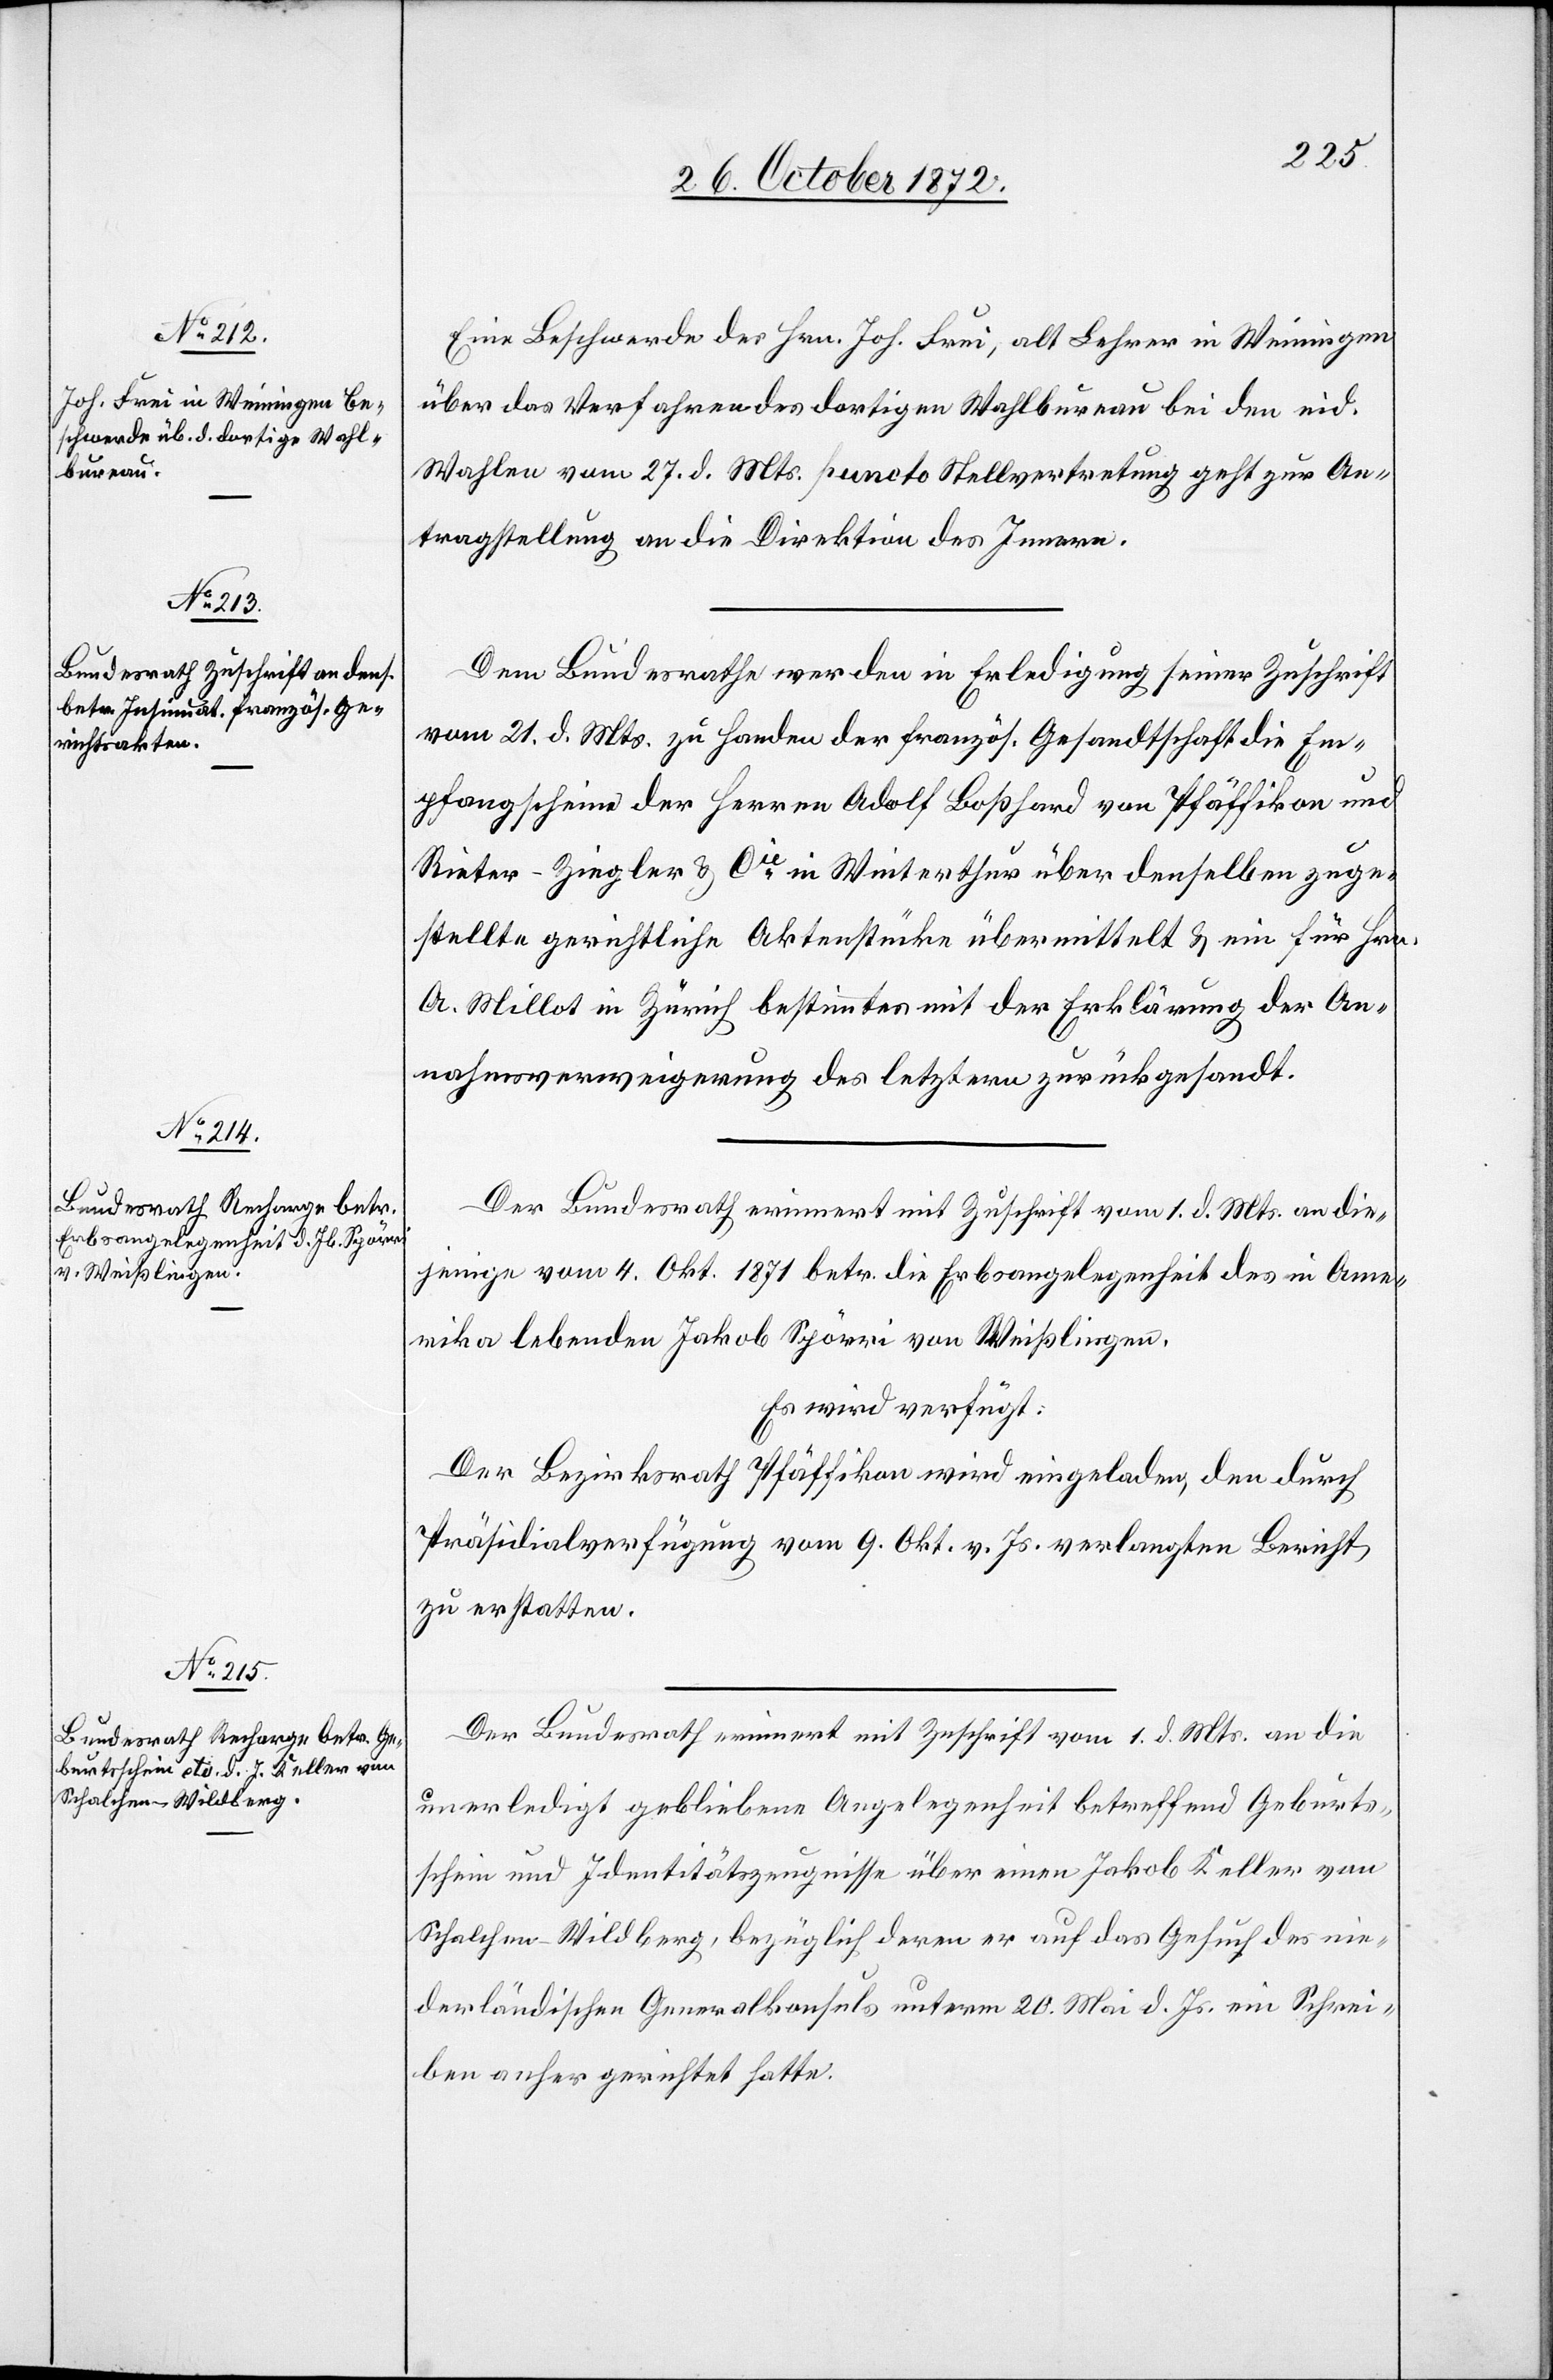
30. October 1872.]
Eine Beschwerde des Hrn. Joh. Frei, alt Lehrer in Weiningen
über das Verfahren des dortigen Wahlbureau bei den eid.
Wahlen vom 27. d. Mts. puncto Stellvertretung geht zur An¬
tragstellung an die Direktion des Innern.
Dem Bundesrathe werden in Erledigung seiner Zuschrift
vom 21. d. Mts. zu Handen der französ. Gesandtschaft die Em¬
pfangscheine der Herren Adolf Boßhard von Pfäffikon und
Rieter-Ziegler u. Cie in Winterthur über denselben zuge¬
stellte gerichtliche Aktenstücke übermittelt u. ein für Hrn.
A. Millot in Zürich bestimmtes mit der Erklärung der An¬
nahmsverweigerung des letztern zurückgesandt.
Der Bundesrath erinnert mit Zuschrift vom 1. d. Mts. an die¬
jenige vom 4. Okt. 1871 betr. die Erbschaftsangelegenheit des in Ame¬
rika lebenden Jakob Spörri von Weißlingen.
Es wird verfügt:
Der Bezirksrath Pfäffikon wird eingeladen, den durch
Präsidialverfügung vom 9. Okt. v. Js. verlangten Bericht
zu erstatten.
Der Bundesrath erinnert mit Zuschrift vom 1. d. Mts. an die
unerledigt gebliebene Angelegenheit betreffend Geburts¬
schein und Identitätszeugnisse über einen Jakob Keller vom
Schalchen-Wildberg, bezüglich deren er auf das Gesuch des nie¬
derländischen Generalkonsuls unterm 20. Mai d. Js. ein Schrei¬
ben anher gerichtet hatte.